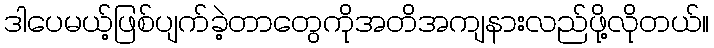
ဒါပေမယ့်ဖြစ်ပျက်ခဲ့တာတွေကိုအတိအကျနားလည်ဖို့လိုတယ်။